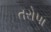
તરોપા